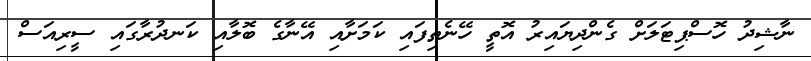
ނާޝިދު ހޮސްޕިޓަލަށް ގެންދިޔައިރު އޮތީ ހޭނެތިފައި ކަމަށާއި އޭނާގެ ބޮލާއި ކަނދުރާގައި ސީރިއަސް